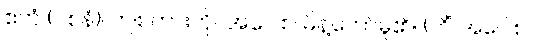
ဧတံ (ဝစနံ)၊ ဤစကားကို။ အဝေါစ၊ မိန့်တော်မူ၏။ (ကိံ အဝေါစ၊